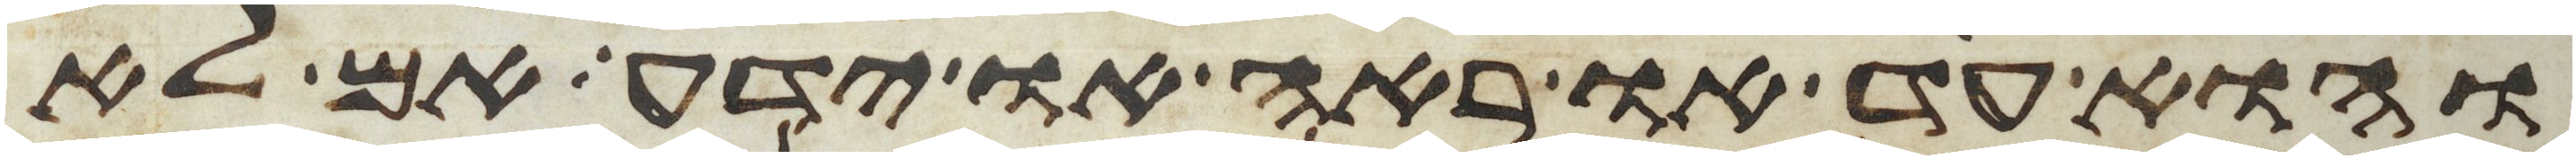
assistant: והוא עד או ראה או ידע אם לא